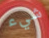
شيء